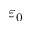
\varepsilon _ { 0 }